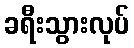
ခရီးသွားလုပ်